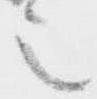
之